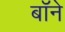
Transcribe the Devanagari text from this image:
बॉने